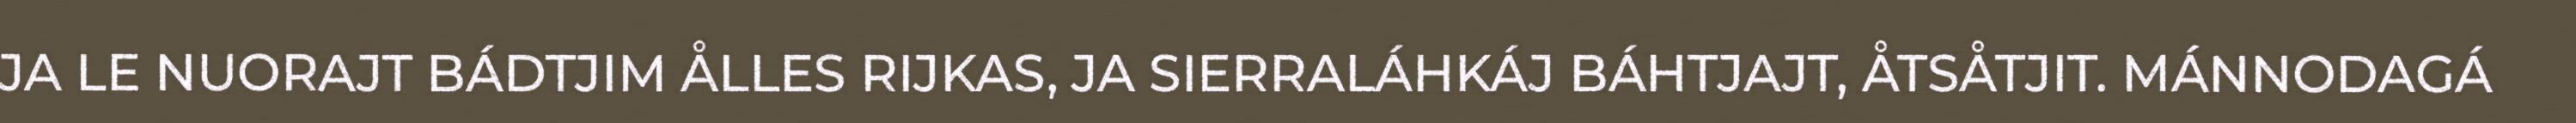
JA LE NUORAJT BÁDTJIM ÅLLES RIJKAS, JA SIERRALÁHKÁJ BÁHTJAJT, ÅTSÅTJIT. MÁNNODAGÁ